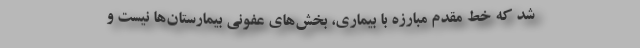
شد که خط مقدم مبارزه با بیماری، بخش‌های عفونی بیمارستان‌ها نیست و